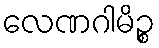
လေဏဂါမိဉ္စ